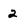
Character: 2